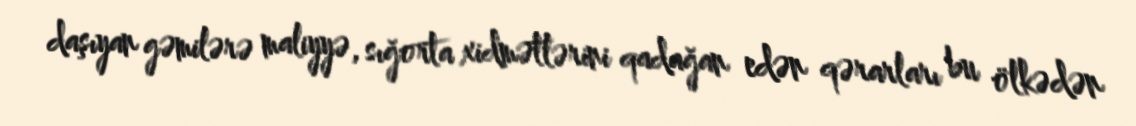
daşıyan gəmilərə maliyyə, sığorta xidmətlərini qadağan edən qərarları bu ölkədən